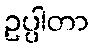
ဥပ္ပါတာ